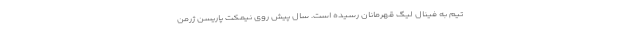
تیم به فینال لیگ قهرمانان رسیده است. سال پیش روی نیمکت پاریسن ژرمن